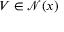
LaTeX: V \in { \mathcal { N } } ( x )